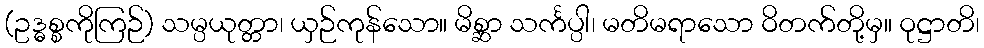
(ဥဒ္ဓစ္စကိုကြဉ်) သမ္ပယုတ္တာ၊ ယှဉ်ကုန်သော။ မိစ္ဆာ သင်္ကပ္ပါ၊ မတိမရာသော ဝိတက်တို့မှ။ ဝုဋ္ဌာတိ၊